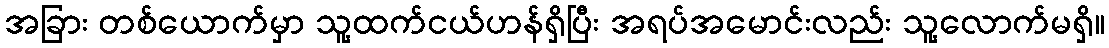
အခြား တစ်ယောက်မှာ သူ့ထက်ငယ်ဟန်ရှိပြီး အရပ်အမောင်းလည်း သူ့လောက်မရှိ။